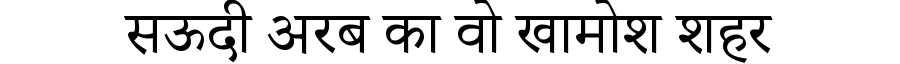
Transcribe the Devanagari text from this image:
सऊदी अरब का वो खामोश शहर